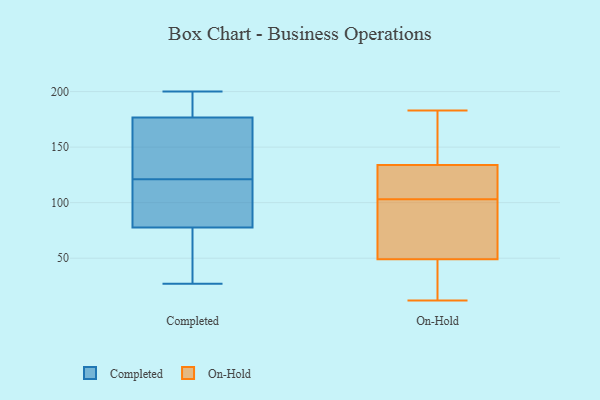
{"axis": {"x": "Production Output", "y": "Value"}, "legend": ["Completed", "On-Hold"], "data": [{"x": "", "y": 180, "type": "Completed"}, {"x": "", "y": 73, "type": "Completed"}, {"x": "", "y": 69, "type": "Completed"}, {"x": "", "y": 107, "type": "Completed"}, {"x": "", "y": 200, "type": "Completed"}, {"x": "", "y": 53, "type": "Completed"}, {"x": "", "y": 121, "type": "Completed"}, {"x": "", "y": 152, "type": "Completed"}, {"x": "", "y": 92, "type": "Completed"}, {"x": "", "y": 167, "type": "Completed"}, {"x": "", "y": 197, "type": "Completed"}, {"x": "", "y": 27, "type": "Completed"}, {"x": "", "y": 198, "type": "Completed"}, {"x": "", "y": 108, "type": "Completed"}, {"x": "", "y": 124, "type": "Completed"}, {"x": "", "y": 13, "type": "On-Hold"}, {"x": "", "y": 97, "type": "On-Hold"}, {"x": "", "y": 12, "type": "On-Hold"}, {"x": "", "y": 109, "type": "On-Hold"}, {"x": "", "y": 115, "type": "On-Hold"}, {"x": "", "y": 63, "type": "On-Hold"}, {"x": "", "y": 183, "type": "On-Hold"}, {"x": "", "y": 49, "type": "On-Hold"}, {"x": "", "y": 134, "type": "On-Hold"}, {"x": "", "y": 149, "type": "On-Hold"}]}